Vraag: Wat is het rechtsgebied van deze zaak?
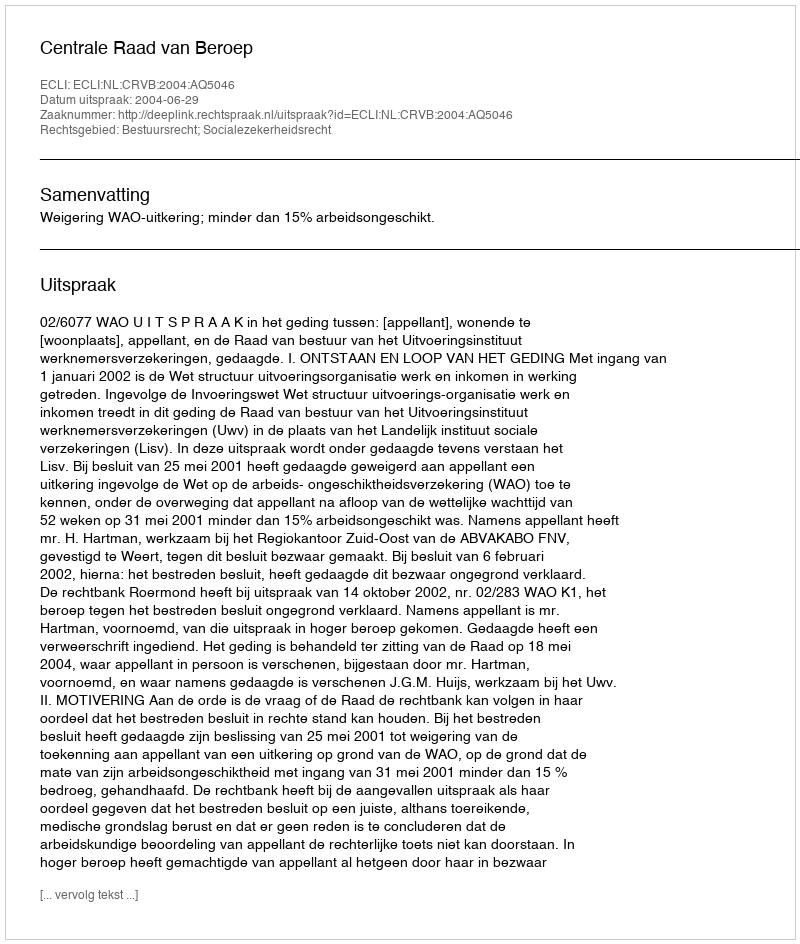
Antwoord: Bestuursrecht; Socialezekerheidsrecht